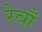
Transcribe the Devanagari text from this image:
रेवाँ